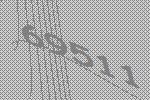
69511